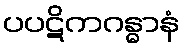
ပပဋိကဂန္ဓာနံ